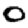
Digit: 0